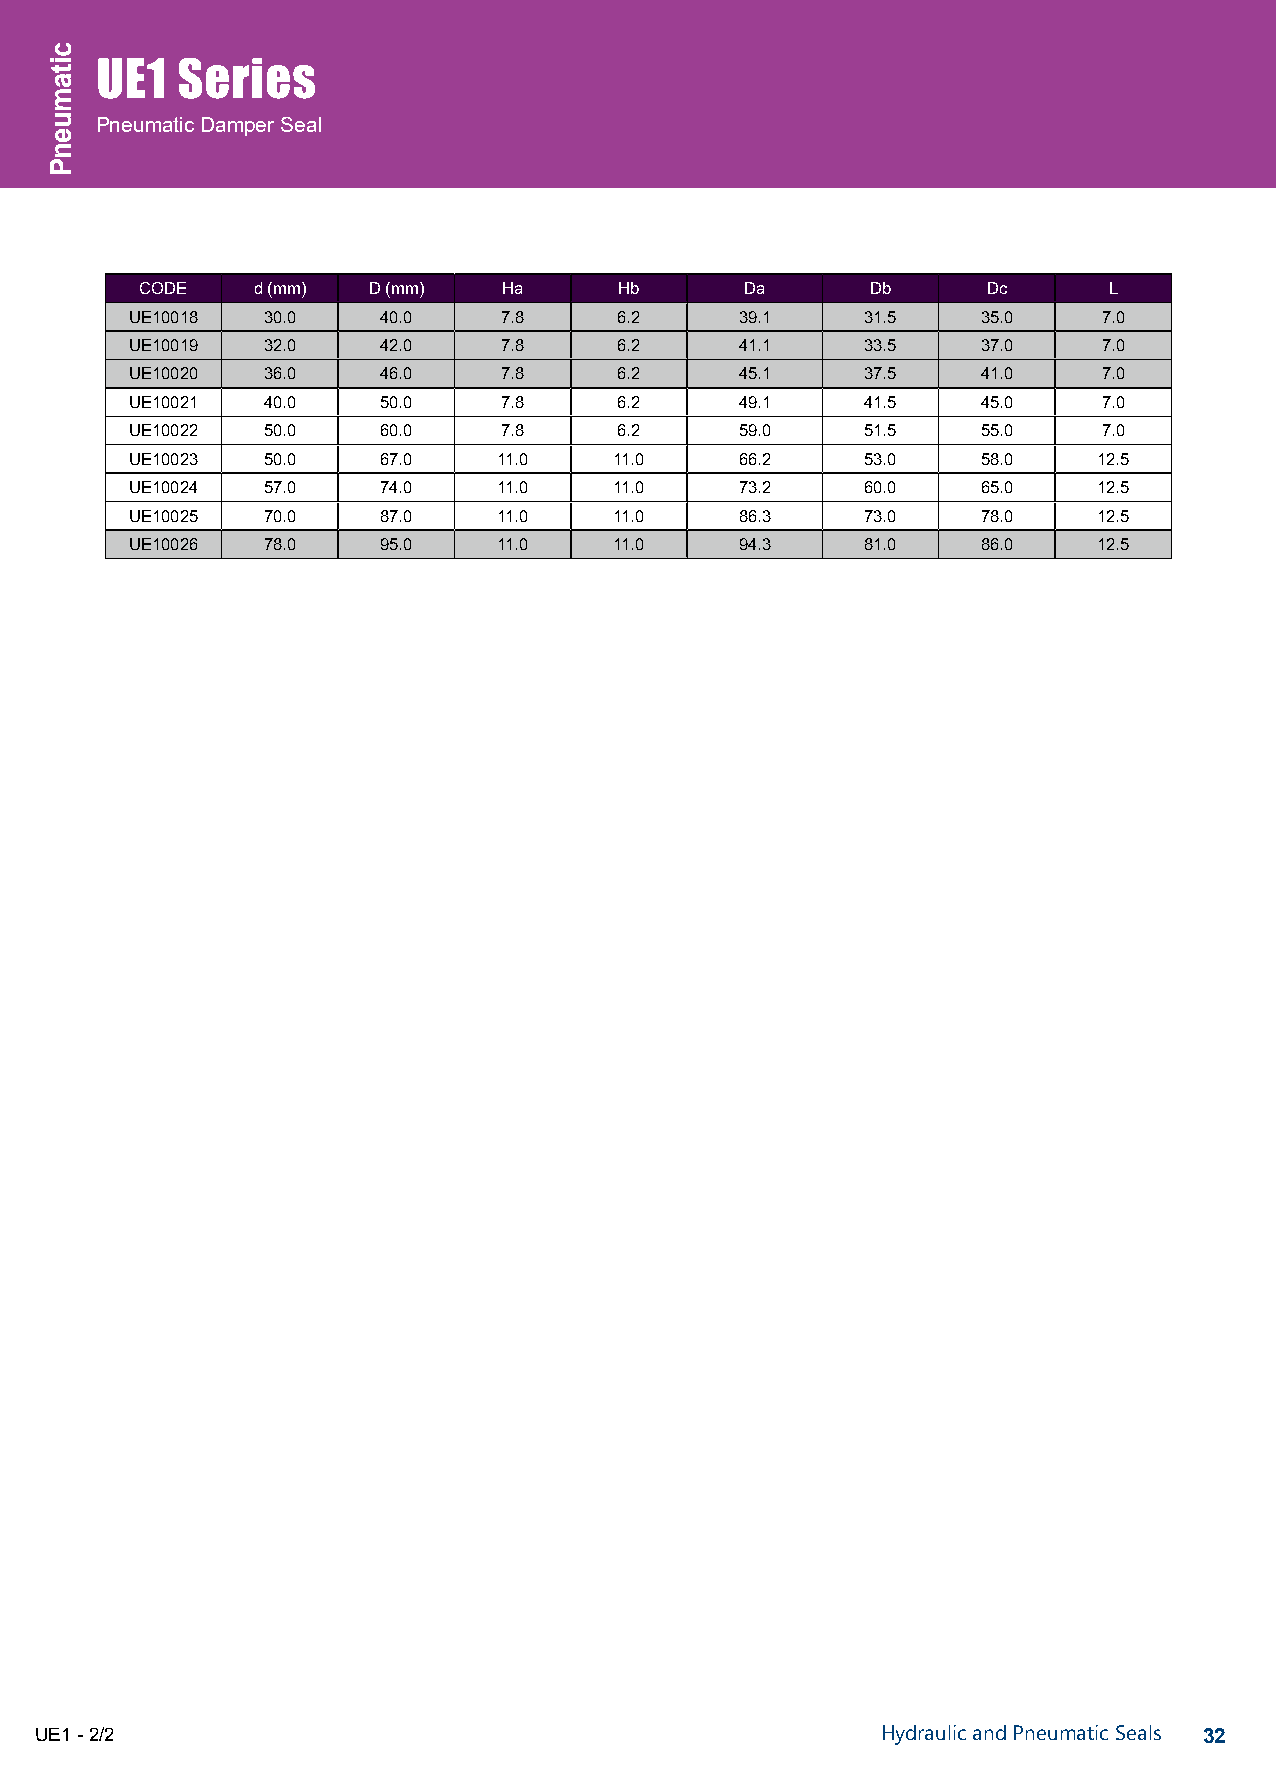
UE1   Series
 Pneumatic Damper Seal
 CODE    d (mm) D (mm)   Ha      Hb      Da       Db     Dc      L
 UE10018 30.0    40.0    7.8     6.2     39.1    31.5    35.0    7.0
 UE10019 32.0    42.0    7.8     6.2     41.1    33.5    37.0    7.0
 UE10020 36.0    46.0    7.8     6.2     45.1    37.5    41.0    7.0
 UE10021 40.0    50.0    7.8     6.2     49.1    41.5    45.0    7.0
 UE10022 50.0    60.0    7.8     6.2     59.0    51.5    55.0    7.0
 UE10023 50.0    67.0    11.0    11.0    66.2    53.0    58.0    12.5
 UE10024 57.0    74.0    11.0    11.0    73.2    60.0    65.0    12.5
 UE10025 70.0    87.0    11.0    11.0    86.3    73.0    78.0    12.5
 UE10026 78.0    95.0    11.0    11.0    94.3    81.0    86.0    12.5
 UE1 - 2/2                                               Hydraulic and Pneumatic Seals 32
 citamuenP